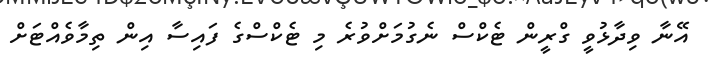
އޭނާ ވިދާޅުވީ ގްރީން ޓެކްސް ނެގުމަށްވުރެ މި ޓެކްސްގެ ފައިސާ އިން ތިމާވެއްޓަށް